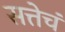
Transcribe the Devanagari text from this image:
सत्तेचं